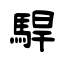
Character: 駻